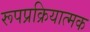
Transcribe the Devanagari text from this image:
रूपप्रक्रियात्मक